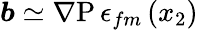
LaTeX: \boldsymbol{b}\simeq\mathrm{\nabla{P}}\, \epsilon_{fm}\left(x_{2}\right)